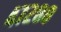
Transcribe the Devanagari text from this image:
४७२८८